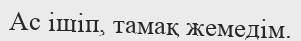
Ас ішіп, тамақ жемедім.